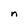
Character: n